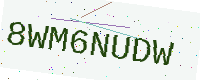
Text: 8WM6NUDW